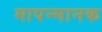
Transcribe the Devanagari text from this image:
मापन्मानक